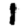
Digit: 1